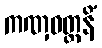
ကဏှဝတ္တနိံ